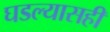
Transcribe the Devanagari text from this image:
घडल्यासही